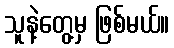
သူနဲ့တွေ့မှ ဖြစ်မယ်။